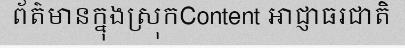
ព័ត៌មានក្នុងស្រុកContent អាជ្ញាធរជាតិ